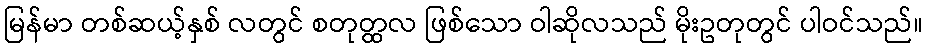
မြန်မာ တစ်ဆယ့်နှစ် လတွင် စတုတ္ထလ ဖြစ်သော ဝါဆိုလသည် မိုးဥတုတွင် ပါဝင်သည်။